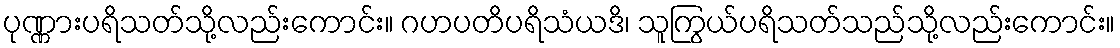
ပုဏ္ဏားပရိသတ်သို့လည်းကောင်း။ ဂဟပတိပရိသံယဒိ၊ သူကြွယ်ပရိသတ်သည်သို့လည်းကောင်း။